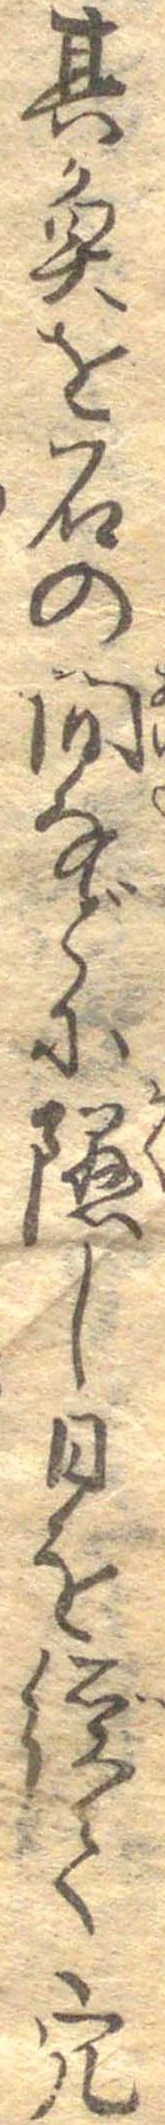
其魚を石間間などに隠し日を経て穴